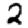
Digit: 2